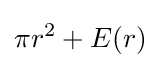
\pi r^{2}+E(r)